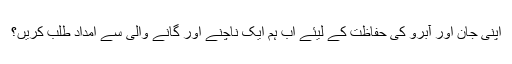
اپنی جان اور آبرو کی حفاظت کے لیئے اب ہم ایک ناچنے اور گانے والی سے امداد طلب کریں؟